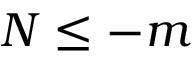
N \le - m